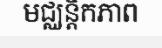
មជ្ឈន្តិកភាព